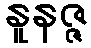
နူနဇ္ဇ